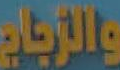
والزجاج